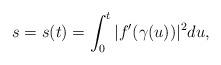
LaTeX: \begin{align*} s= s(t) = \int_0^{t} | f'(\gamma(u))|^2 du,\end{align*}